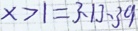
x > 1 = 3 , 1 3 , 3 9